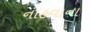
નાહવાના